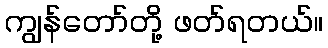
ကျွန်တော်တို့ ဖတ်ရတယ်။